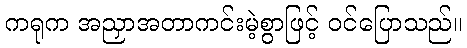
ကရုက အညှာအတာကင်းမဲ့စွာဖြင့် ဝင်ပြောသည်။